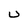
Character: U